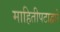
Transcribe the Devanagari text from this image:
माहितीपटाद्वारे